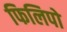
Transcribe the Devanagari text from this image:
फिलिपो